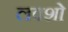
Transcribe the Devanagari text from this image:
लवशो